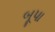
બૂપા